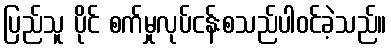
ပြည်သူ ပိုင် စက်မှုလုပ်ငန်းစသည်ပါဝင်ခဲ့သည်။